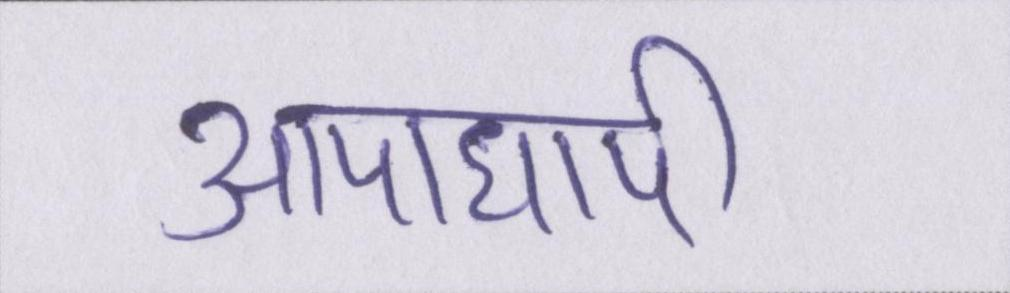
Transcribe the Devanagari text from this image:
आपाधापी